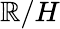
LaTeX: \mathbb{R}/H